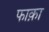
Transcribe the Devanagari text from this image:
फाक़ा